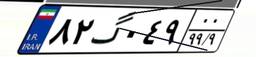
۱۶گ۹۱۹۷۶